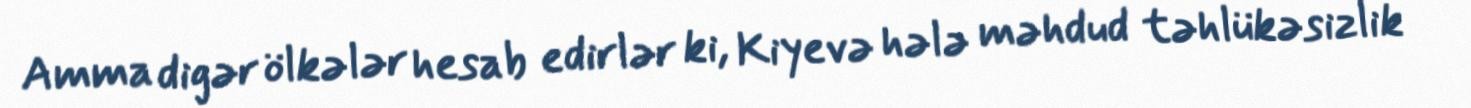
Amma digər ölkələr hesab edirlər ki, Kiyevə hələ məhdud təhlükəsizlik